Scottish Leaving Certificate Examination, 1958
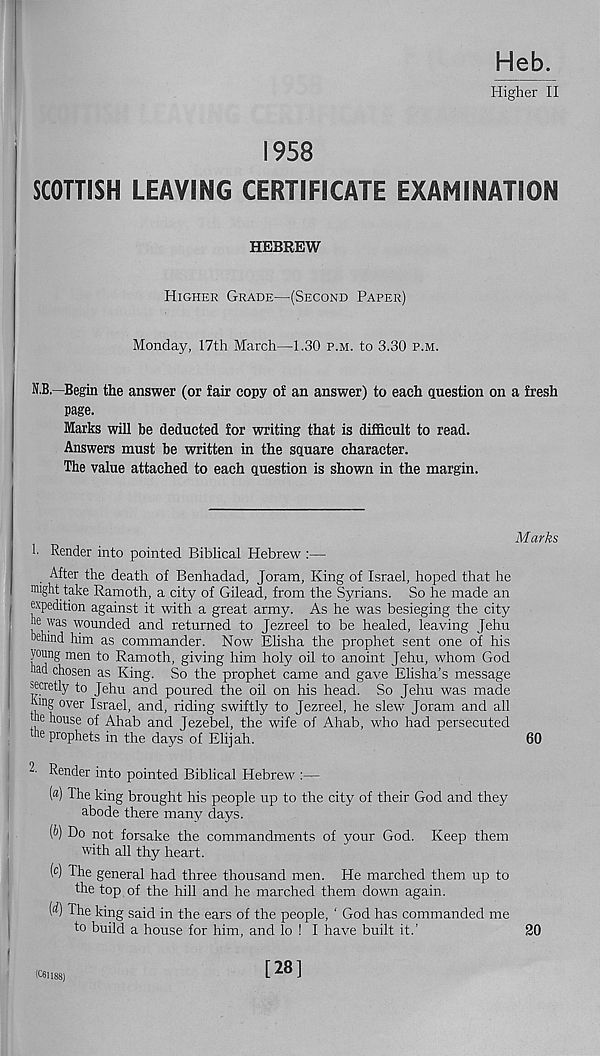
Heb.
Higher II
1958
SCOTTISH LEAVING CERTIFICATE EXAMINATION
HEBREW
Higher Grade—(Second Paper)
Monday, 17th March—1.30 p.m. to 3.30 p.m.
N.B.—Begin the answer (or fair copy of an answer) to each question on a fresh
page.
Marks will be deducted for writing that is difficult to read.
Answers must be written in the square character.
The value attached to each question is shown in the margin.
Marks
1- Render into pointed Biblical Hebrew :—
After the death of Benhadad, Joram, King of Israel, hoped that he
might take Ramoth, a city of Gilead, from the Syrians. So he made an
expedition against it with a great army. As he was besieging the city
ie was wounded and returned to Jezreel to be healed, leaving Jehu
behind him as commander. Now Elisha the prophet sent one of his
young men to Ramoth, giving him holy oil to anoint Jehu, whom God
had chosen as King. So the prophet came and gave Elisha’s message
secretly to Jehu and poured the oil on his head. So Jehu was made
hmg over Israel, and, riding swiftly to Jezreel, he slew Joram and all
house of Ahab and Jezebel, the wife of Ahab, who had persecuted
me prophets in the days of Elijah.
60
Render into pointed Biblical Hebrew':—
( a ) The king brought his people up to the city of their God and they
abode there many days.
(b) Do not forsake the commandments of your God. Keep them
with all thy heart.
(c) The general had three thousand men. He marched them up to
the top of the hill and he marched them down again.
(^) The king said in the ears of the people, ‘ God has commanded me
to build a house for him, and lo ! I have built it.’
20
[28]